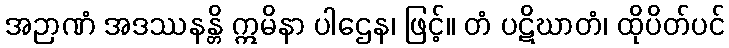
အဉာဏံ အဒဿနန္တိ ဣမိနာ ပါဌေန၊ ဖြင့်။ တံ ပဋိဃာတံ၊ ထိုပိတ်ပင်